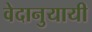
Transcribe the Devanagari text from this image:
वेदानुयायी